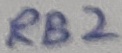
Text: RB2